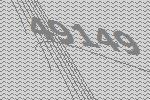
49149